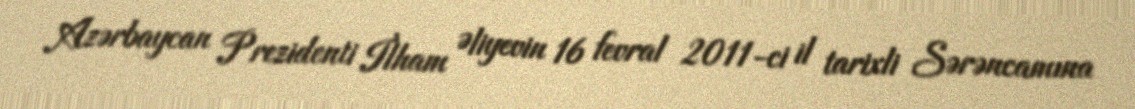
Azərbaycan Prezidenti İlham Əliyevin 16 fevral 2011-ci il tarixli Sərəncamına